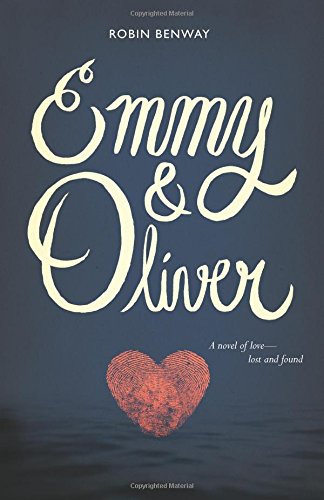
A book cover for Emmy & Oliver; Robin Benway; Teen & Young Adult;